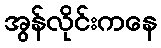
အွန်လိုင်းကနေ